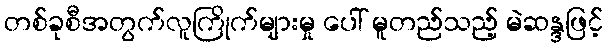
တစ်ခုစီအတွက်လူကြိုက်များမှု ပေါ် မူတည်သည့် မဲဆန္ဒဖြင့်